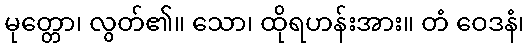
မုတ္တော၊ လွတ်၏။ သော၊ ထိုရဟန်းအား။ တံ ဝေဒနံ၊